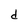
Character: d